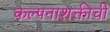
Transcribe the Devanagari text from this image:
कल्पनाशक्तीची